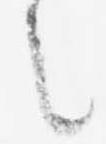
之